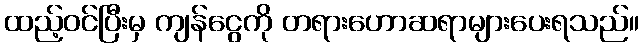
ထည့်ဝင်ပြီးမှ ကျန်ငွေကို တရားဟောဆရာများပေးရသည်။